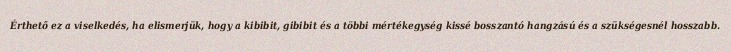
Érthető ez a viselkedés, ha elismerjük, hogy a kibibit, gibibit és a többi mértékegység kissé bosszantó hangzású és a szükségesnél hosszabb.